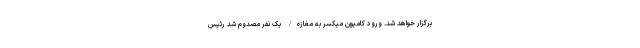
برگزار خواهد شد. ورود کامیون میکسر به مغازه/ یک نفر مصدوم شد رئیس